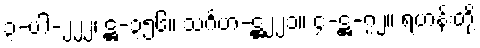
၃-ပါ-၂၂၂၊ ဋ္ဌ-၃၅၆။ သင်္ဂဟ-ဋ္ဌ၂၂၁။ ၄-ဋ္ဌ-၇၂။ ရဟန်းတို့